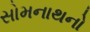
સોમનાથનો